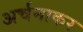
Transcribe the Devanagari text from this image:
अर्चनाकर